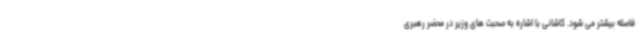
فاصله بیشتر می شود. کاشانی با اشاره به صحبت های وزیر در محضر رهبری